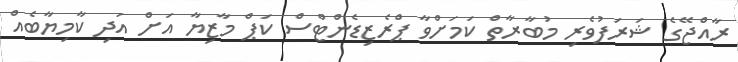
ރާއްޖޭގެ ޝަރަފުވެރި މުބާރާތް ކަމަށްވާ ޕްރެޒިޑެންޓްސް ކަޕް މާޒިޔާ އަށް އަދި ކާމިޔާބެއް